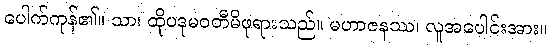
ပေါက်ကုန်၏။ သာ၊ ထိုပဒုမဝတီမိဖုရားသည်။ မဟာဇနဿ၊ လူအပေါင်းအား။